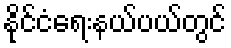
နိုင်ငံရေးနယ်ပယ်တွင်